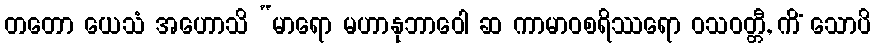
တတော ယေသံ အဟောသိ “မာရော မဟာနုဘာဝေါ ဆ ကာမာဝစရိဿရော ဝသဝတ္တီ, ကိံ သောပိ